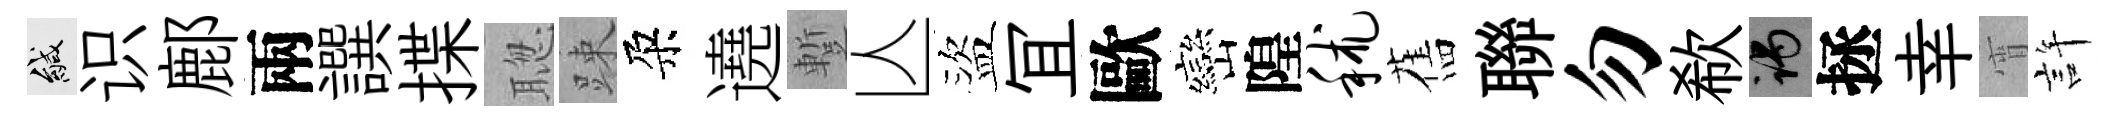
緘识鄜兩譔揲聦踈朶遶蹔亾盜冝歐巒隍秫舊聯勿欷谒拯幸宵許